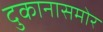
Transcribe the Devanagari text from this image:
दुकानासमोर